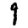
Digit: 9